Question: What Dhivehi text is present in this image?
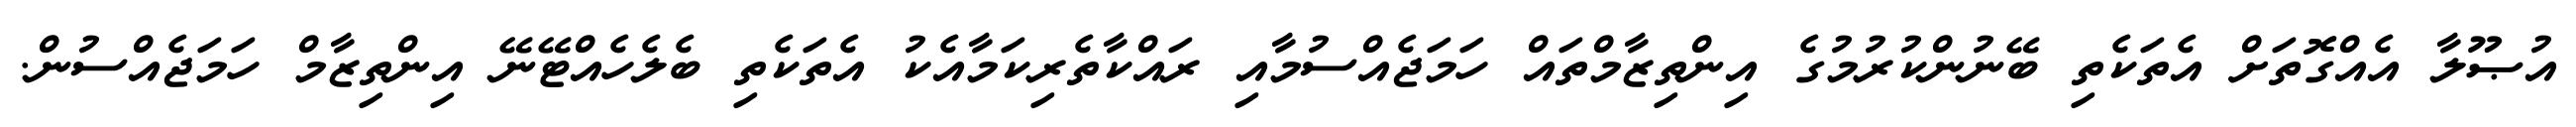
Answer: އުޞޫލާ އެއްގޮތަށް އެތަކެތި ބޭނުންކުރުމުގެ އިންތިޒާމްތައް ހަމަޖެއްސުމާއި ރައްކާތެރިކަމާއެކު އެތަކެތި ބެލެހެއްޓޭނޭ އިންތިޒާމް ހަމަޖެއްސުން.